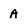
Character: A